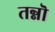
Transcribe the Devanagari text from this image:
तन्नॊ